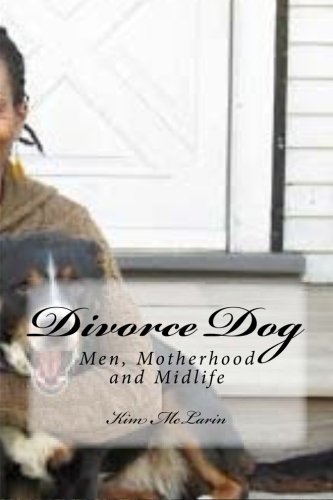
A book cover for Divorce Dog: Men, Motherhood and Midlife; KIm McLarin; Self-Help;